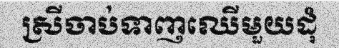
ស្រីចាប់ទាញឈើមួយដុំ